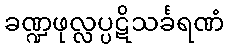
ခဏ္ဍဖုလ္လပ္ပဋိသင်္ခရဏံ